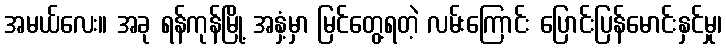
အမယ်လေး။ အခု ရန်ကုန်မြို့ အနှံ့မှာ မြင်တွေ့ရတဲ့ လမ်းကြောင်း ပြောင်းပြန်မောင်းနှင်မှု၊